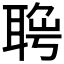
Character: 𦖄